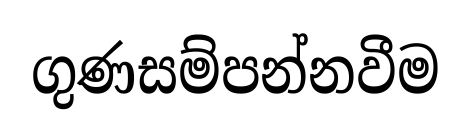
ගුණසම්පන්නවීම